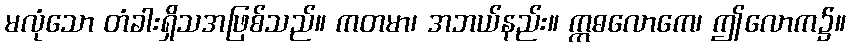
မလုံသော တံခါးရှိသအဖြစ်သည်။ ကတမာ၊ အဘယ်နည်း။ ဣဓလောကေ၊ ဤလောက၌။